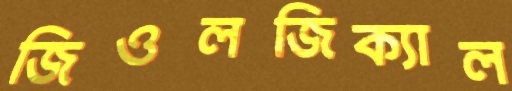
জিওলজিক্যাল